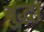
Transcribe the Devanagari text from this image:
बुद्ध।